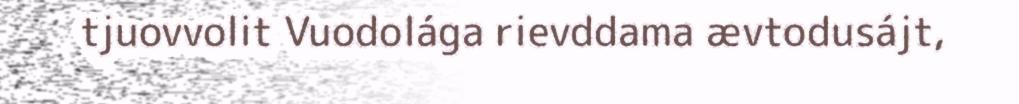
tjuovvolit Vuodolága rievddama ævtodusájt,